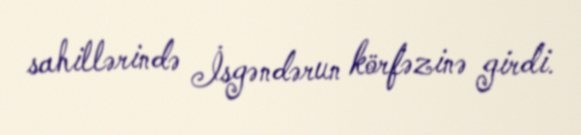
sahillərində İsgəndərun körfəzinə girdi.